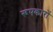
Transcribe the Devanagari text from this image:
रूपकारों